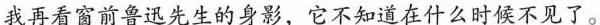
我再看窗前鲁迅先生的身影，它不知道在什么时候不见了。